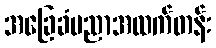
အခြေခံပညာအထက်တန်း